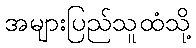
အများပြည်သူထံသို့